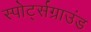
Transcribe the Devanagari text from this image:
स्पोर्ट्सग्राउंड